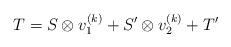
LaTeX: \begin{align*} T = S \otimes v^{(k)}_1 + S' \otimes v^{(k)}_2 + T' \end{align*}